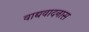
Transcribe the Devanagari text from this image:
वाद्यवादनास